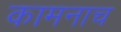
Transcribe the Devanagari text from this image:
कामनाच